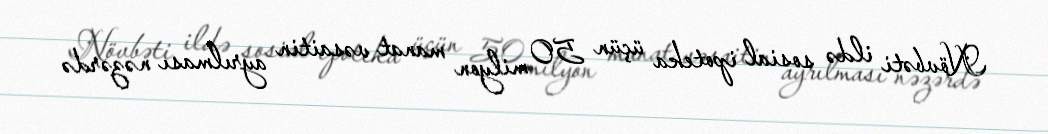
Növbəti ildə sosial ipoteka üçün 50 milyon manat vəsaitin ayrılması nəzərdə